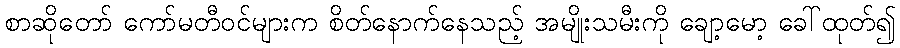
စာဆိုတော် ကော်မတီဝင်များက စိတ်နောက်နေသည့် အမျိုးသမီးကို ချော့မော့ ခေါ်ထုတ်၍